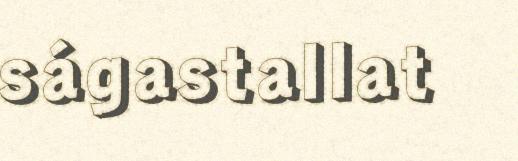
ságastallat